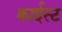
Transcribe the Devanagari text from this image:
क्राईस्ट